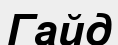
Гайд